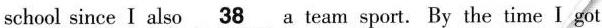
school since I also \underline{38} a team sport. By the time I got